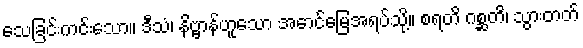
သေခြင်းကင်းသော။ ဒီသံ၊ နိဗ္ဗာန်ဟူသော အောင်မြေအရပ်သို့။ စရတိ ဂစ္ဆတိ၊ သွားတတ်